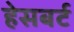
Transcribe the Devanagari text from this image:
हेसबर्ट